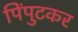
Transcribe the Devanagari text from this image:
पिंपुटकर